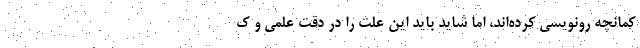
کمانچه رونویسی کرده‌اند، اما شاید باید این علت را در دقت علمی و ک